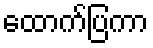
ထောက်ပြကာ